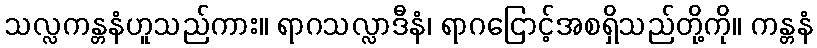
သလ္လကန္တနံဟူသည်ကား။ ရာဂသလ္လာဒီနံ၊ ရာဂငြောင့်အစရှိသည်တို့ကို။ ကန္တနံ